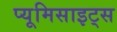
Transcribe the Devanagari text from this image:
प्यूमिसाइट्स